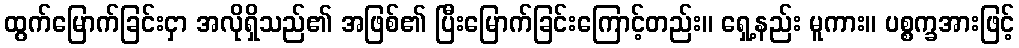
ထွက်မြောက်ခြင်းငှာ အလိုရှိသည်၏ အဖြစ်၏ ပြီးမြောက်ခြင်းကြောင့်တည်း။ ရှေ့နည်း မူကား။ ပစ္စက္ခအားဖြင့်